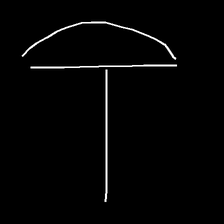
Glyph: dispersion